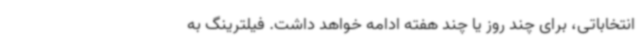
انتخاباتی، برای چند روز یا چند هفته ادامه خواهد داشت. فیلترینگ به